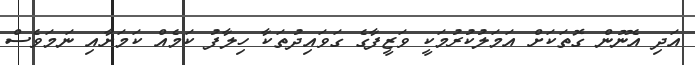
އަދި އެނޫން ގޮތަކަށް އަމަލުކުރުމަކީ ވަޒީފާގެ ގަވައިދުތަކާ ހިލާފު ކަމެއް ކަމަށާއި ނަމަވެސް